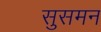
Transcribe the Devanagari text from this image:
सुसमन